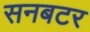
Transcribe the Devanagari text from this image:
सनबटर